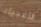
الأغبياء